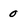
Character: 0